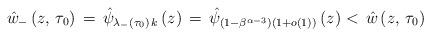
LaTeX: \begin{align*}\hat{w}_{-}\left(z,\,\tau_{0}\right)\,=\,\hat{\psi}_{\lambda_{-}\left(\tau_{0}\right)\,k}\left(z\right)\,=\,\hat{\psi}_{\left(1-\beta^{\alpha-3}\right)\left(1+o\left(1\right)\right)}\left(z\right)<\,\hat{w}\left(z,\,\tau_{0}\right)\end{align*}